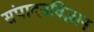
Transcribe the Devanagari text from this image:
संपादनविज्ञान